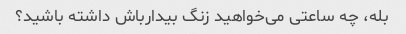
بله، چه ساعتی می‌خواهید زنگ بیدارباش داشته باشید؟